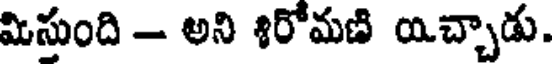
మిసుంది - అని శిరోమణి యిచ్చాడు.